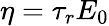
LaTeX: \eta=\tau_{r}E_{0}